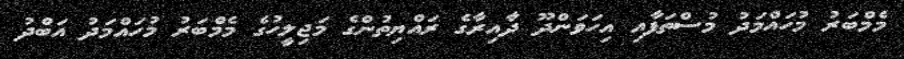
މެމްބަރު މުހައްމަދު މުސްތަފާއި އިހަވަންދޫ ދާއިރާގެ ރައްޔިތުންގެ މަޖިލީހުގެ މެމްބަރު މުހައްމަދު އަބްދު